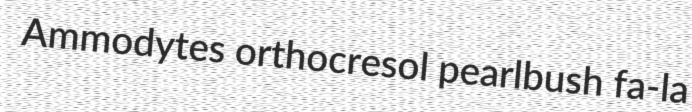
Ammodytes orthocresol pearlbush fa-la